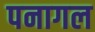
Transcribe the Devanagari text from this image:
पनागल